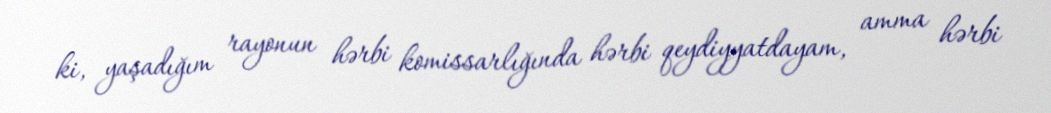
ki, yaşadığım rayonun hərbi komissarlığında hərbi qeydiyyatdayam, amma hərbi